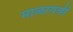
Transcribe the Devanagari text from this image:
माळायची